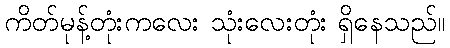
ကိတ်မုန့်တုံးကလေး သုံးလေးတုံး ရှိနေသည်။